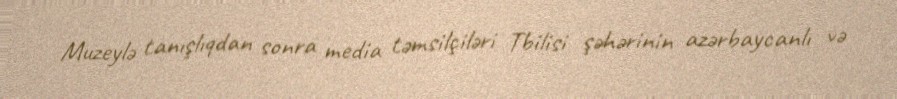
Muzeylə tanışlıqdan sonra media təmsilçiləri Tbilisi şəhərinin azərbaycanlı və